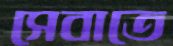
সেবাতে